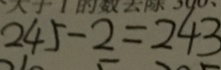
2 4 5 - 2 = 2 4 3